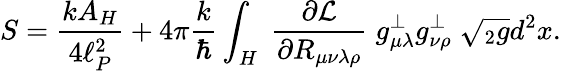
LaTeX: S={\frac{kA_{H}}{4\ell_{P}^{2}}}+4\pi{\frac{k}{\hbar}}\int_{H}\; {\frac{\partial{\cal L}}{\partial R_{\mu\nu\lambda\rho}}}\; g_{\mu\lambda}^{\perp}g_{\nu\rho}^{\perp}\; \sqrt{{}_{2}g}d^{2}x.